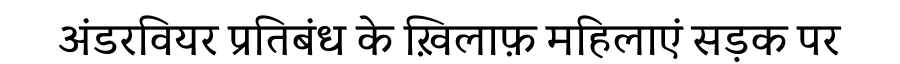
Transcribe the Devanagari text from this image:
अंडरवियर प्रतिबंध के ख़िलाफ़ महिलाएं सड़क पर